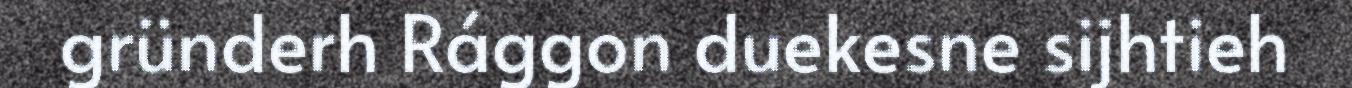
gründerh Rággon duekesne sijhtieh